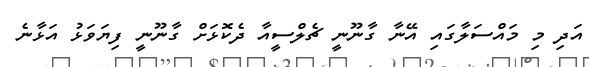
އަދި މި މައްސަލާގައި އޭނާ ގާނޫނީ ޗެލްސީއާ ދެކޮޅަށް ގާނޫނީ ފިޔަވަޅު އަޅާނެ